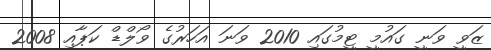
ޒަވީ ވަނީ ގައުމީ ޓީމުގައި 2010 ވަނަ އަހަރުގެ ވޯލްޑް ކަޕާއި 2008